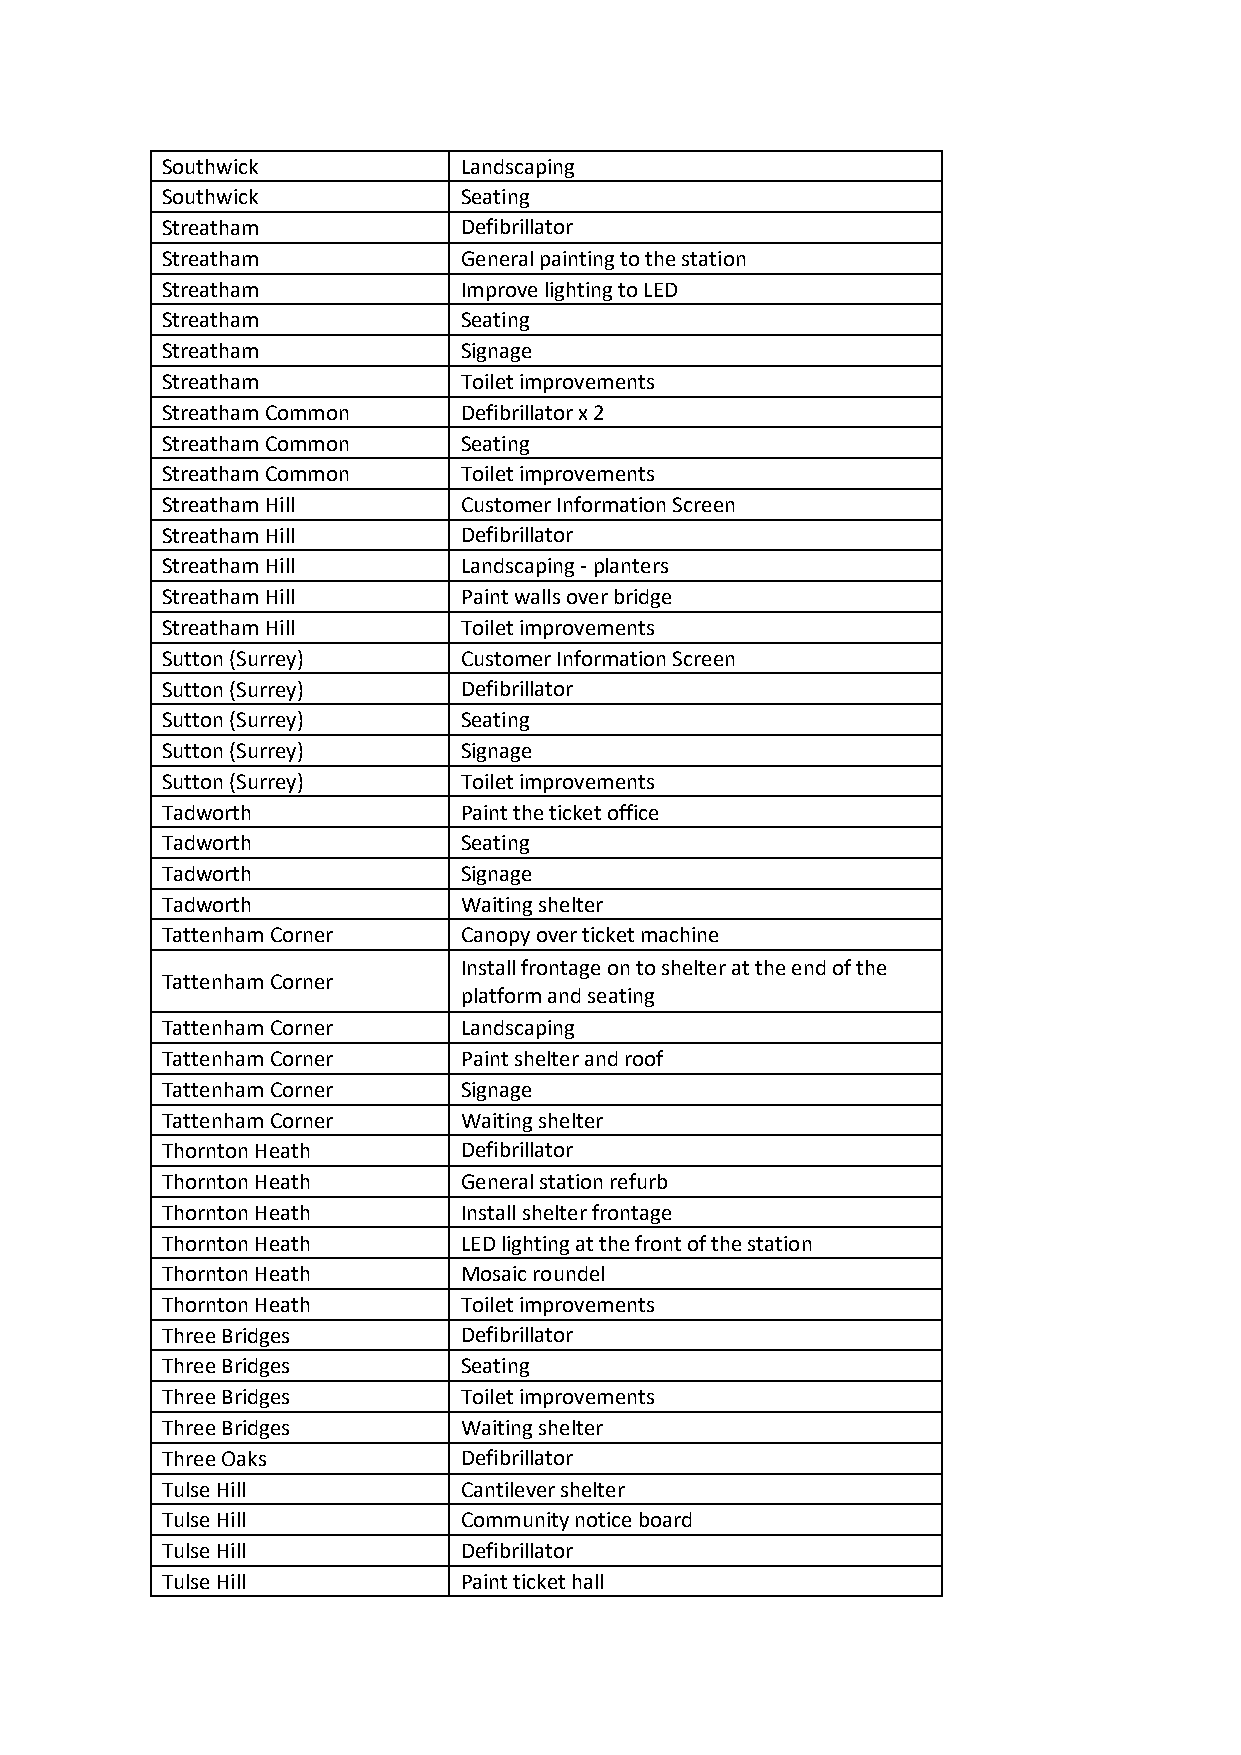
Southwick          Landscaping
 Southwick          Seating
 Streatham          Defibrillator
 Streatham          General painting to the station
 Streatham          Improve lighting to LED
 Streatham          Seating
 Streatham          Signage
 Streatham          Toilet improvements
 Streatham Common   Defibrillator x 2
 Streatham Common   Seating
 Streatham Common   Toilet improvements
 Streatham Hill     Customer Information Screen
 Streatham Hill     Defibrillator
 Streatham Hill     Landscaping - planters
 Streatham Hill     Paint walls over bridge
 Streatham Hill     Toilet improvements
 Sutton (Surrey)    Customer Information Screen
 Sutton (Surrey)    Defibrillator
 Sutton (Surrey)    Seating
 Sutton (Surrey)    Signage
 Sutton (Surrey)    Toilet improvements
 Tadworth           Paint the ticket office
 Tadworth           Seating
 Tadworth           Signage
 Tadworth           Waiting shelter
 Tattenham Corner   Canopy over ticket machine
 Install frontage on to shelter at the end of the
 Tattenham Corner
 platform and seating
 Tattenham Corner   Landscaping
 Tattenham Corner   Paint shelter and roof
 Tattenham Corner   Signage
 Tattenham Corner   Waiting shelter
 Thornton Heath     Defibrillator
 Thornton Heath     General station refurb
 Thornton Heath     Install shelter frontage
 Thornton Heath     LED lighting at the front of the station
 Thornton Heath     Mosaic roundel
 Thornton Heath     Toilet improvements
 Three Bridges      Defibrillator
 Three Bridges      Seating
 Three Bridges      Toilet improvements
 Three Bridges      Waiting shelter
 Three Oaks         Defibrillator
 Tulse Hill         Cantilever shelter
 Tulse Hill         Community notice board
 Tulse Hill         Defibrillator
 Tulse Hill         Paint ticket hall